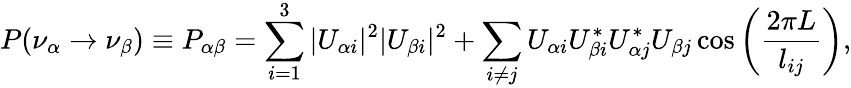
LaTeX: P(\nu_{\alpha}\rightarrow\nu_{\beta})\equiv P_{\alpha\beta}=\sum_{i=1}^{3}|U_{\alpha i}|^{2}|U_{\beta i}|^{2}+\sum_{i\neq j}U_{\alpha i}U_{\beta i}^{\ast}U_{\alpha j}^{\ast}U_{\beta j}\cos\left(\frac{2\pi L}{l_{ij}}\right),